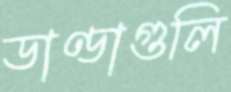
ডাণ্ডাগুলি